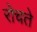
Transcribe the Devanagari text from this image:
रोचते